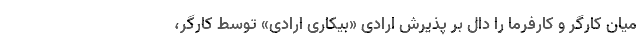
میان کارگر و کارفرما را دال بر پذیرش ارادی «بیکاری ارادی» توسط کارگر،